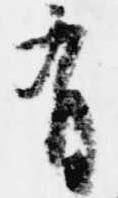
有